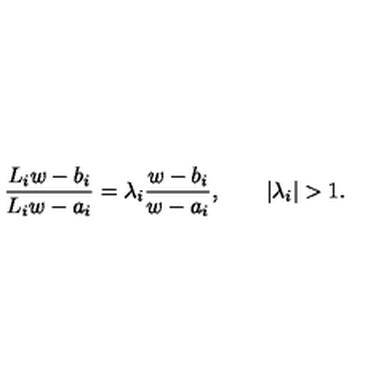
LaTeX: { \frac { L _ { i } w - b _ { i } } { L _ { i } w - a _ { i } } } = \lambda _ { i } { \frac { w - b _ { i } } { w - a _ { i } } } , \qquad | \lambda _ { i } | > 1 .